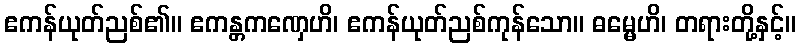
ဧကန်ယုတ်ညစ်၏။ ဧကန္တကဏှေဟိ၊ ဧကန်ယုတ်ညစ်ကုန်သော။ ဓမ္မေဟိ၊ တရားတို့နှင့်။